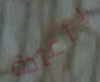
بأعادة